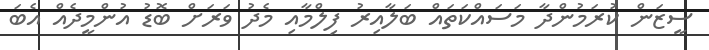
ސީޒަން ކުރަމުންދާ މަސައްކަތައް ބަލާއިރު ފިލްމާއި މެދު ވަރަށް ބޮޑު އުންމީދެއް އެބަ